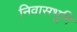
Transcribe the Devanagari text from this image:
निवासभूमि